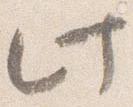
此